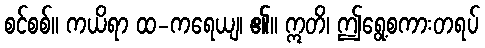
စင်စစ်။ ကယိရာ ထ-ကရေယျ၊ ၏။ ဣတိ၊ ဤရွေ့စကားတရပ်